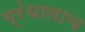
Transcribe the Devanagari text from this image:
ग्रंथालाच